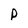
Character: p